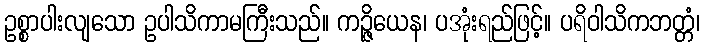
ဥစ္စာပါးလျသော ဥပါသိကာမကြီးသည်။ ကဉ္ဇိယေန၊ ပအုံးရည်ဖြင့်။ ပရိဝါသိကဘတ္တံ၊